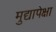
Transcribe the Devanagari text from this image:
मुद्यापेक्षा